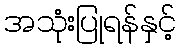
အသုံးပြုရန်နှင့်